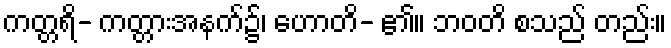
ကတ္တရိ- ကတ္တားအနက်၌၊ ဟောတိ- ၏။ ဘဝတိ စသည် တည်း။